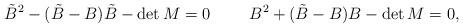
LaTeX: \begin{align*}\tilde{B}^2 - (\tilde{B}-B)\tilde{B} - \det M = 0 \hspace{1cm} B^2 + (\tilde{B}-B)B - \det M = 0, \\\end{align*}